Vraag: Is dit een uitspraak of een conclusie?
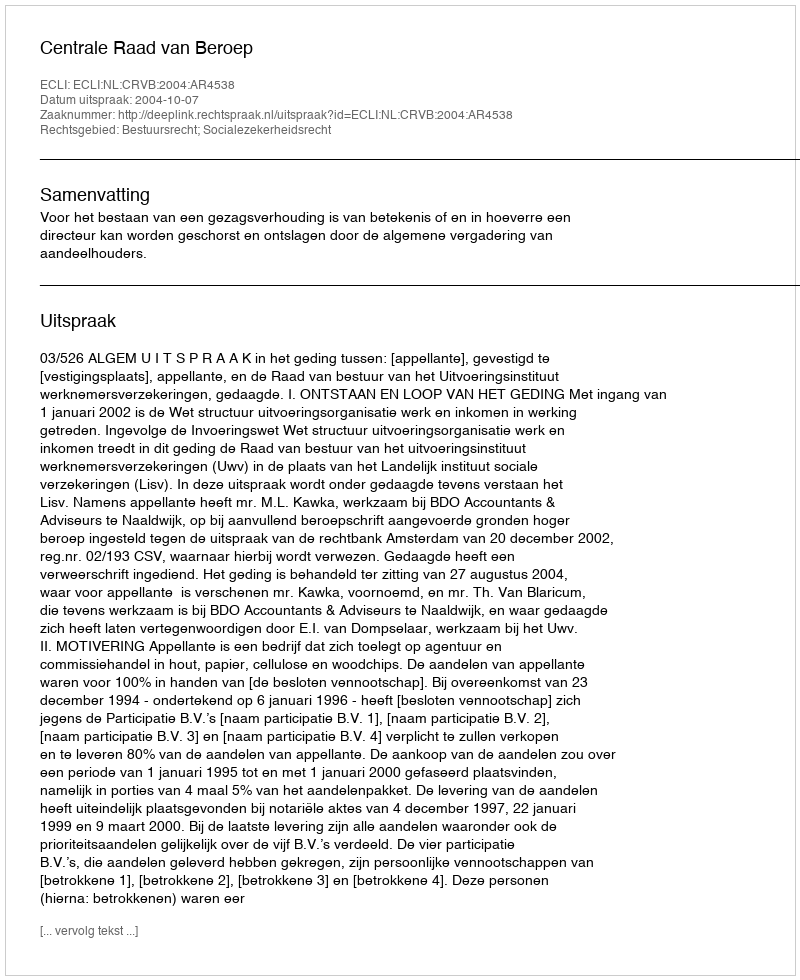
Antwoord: Uitspraak